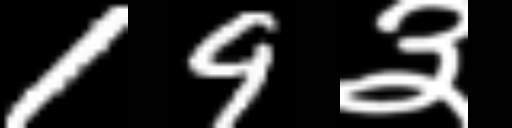
Text: 19३